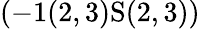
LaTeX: \left(-1(2,3)\textrm{S}(2,3)\right)